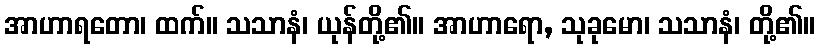
အာဟာရတော၊ ထက်။ သသာနံ၊ ယုန်တို့၏။ အာဟာရော, သုခုမော၊ သသာနံ၊ တို့၏။